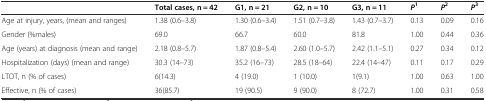
<table><thead><tr><td></td><td><b>Total cases, n = 42</b></td><td><b>G1, n = 21</b></td><td><b>G2, n = 10</b></td><td><b>G3, n = 11</b></td><td><b><i>P</i><sup>1</sup></b></td><td><b><i>P</i><sup>2</sup></b></td><td><b><i>P</i><sup>3</sup></b></td></tr></thead><tbody><tr><td>Age at injury, years, (mean and ranges)</td><td>1.38 (0.6–3.8)</td><td>1.30 (0.6–3.4)</td><td>1.51 (0.7–3.8)</td><td>1.43 (0.7–3.7)</td><td>0.13</td><td>0.09</td><td>0.16</td></tr><tr><td>Gender (%males)</td><td>69.0</td><td>66.7</td><td>60.0</td><td>81.8</td><td>1.00</td><td>0.44</td><td>0.36</td></tr><tr><td>Age (years) at diagnosis (mean and range)</td><td>2.18 (0.8–5.7)</td><td>1.87 (0.8–5.4)</td><td>2.60 (1.0–5.7)</td><td>2.42 (1.1–5.1)</td><td>0.27</td><td>0.34</td><td>0.12</td></tr><tr><td>Hospitalization (days) (mean and range)</td><td>30.3 (14–73)</td><td>35.2 (16–73)</td><td>28.5 (18–64)</td><td>22.4 (14–47)</td><td>0.11</td><td>0.17</td><td>0.29</td></tr><tr><td>LTOT, n (% of cases)</td><td>6(14.3)</td><td>4 (19.0)</td><td>1 (10.0)</td><td>1(9.1)</td><td>1.00</td><td>0.63</td><td>1.00</td></tr><tr><td>Effective, n (% of cases)</td><td>36(85.7)</td><td>19 (90.5)</td><td>9 (90.0)</td><td>8 (72.7)</td><td>1.00</td><td>0.31</td><td>0.58</td></tr></tbody></table>